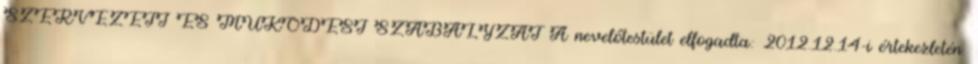
SZERVEZETI ÉS MŰKŐDÉSI SZABÁLYZAT A nevelőtestület elfogadta: 2012.12.14-i értekezletén.